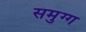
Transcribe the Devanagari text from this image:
समुग्ग